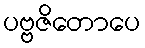
ပဗ္ဗဇိတောပေ